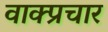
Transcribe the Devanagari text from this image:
वाक्‍प्रचार